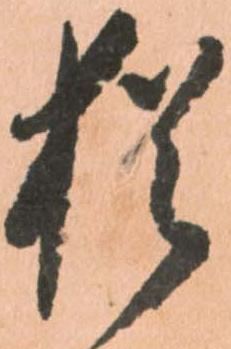
猶